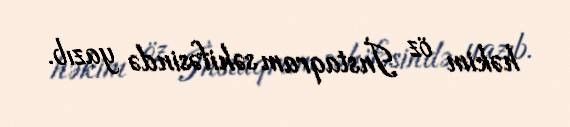
həkim öz İnstaqram səhifəsində yazıb.